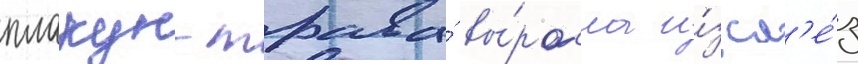
плакун-трава́ вы́росла и́з сл'е́з